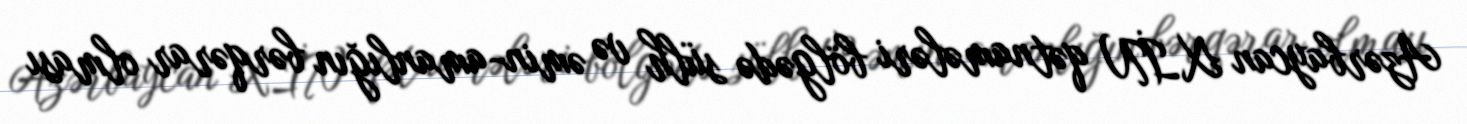
Azərbaycan XİN qətnamələri bölgədə sülh və əmin-amanlığın bərqərar olması